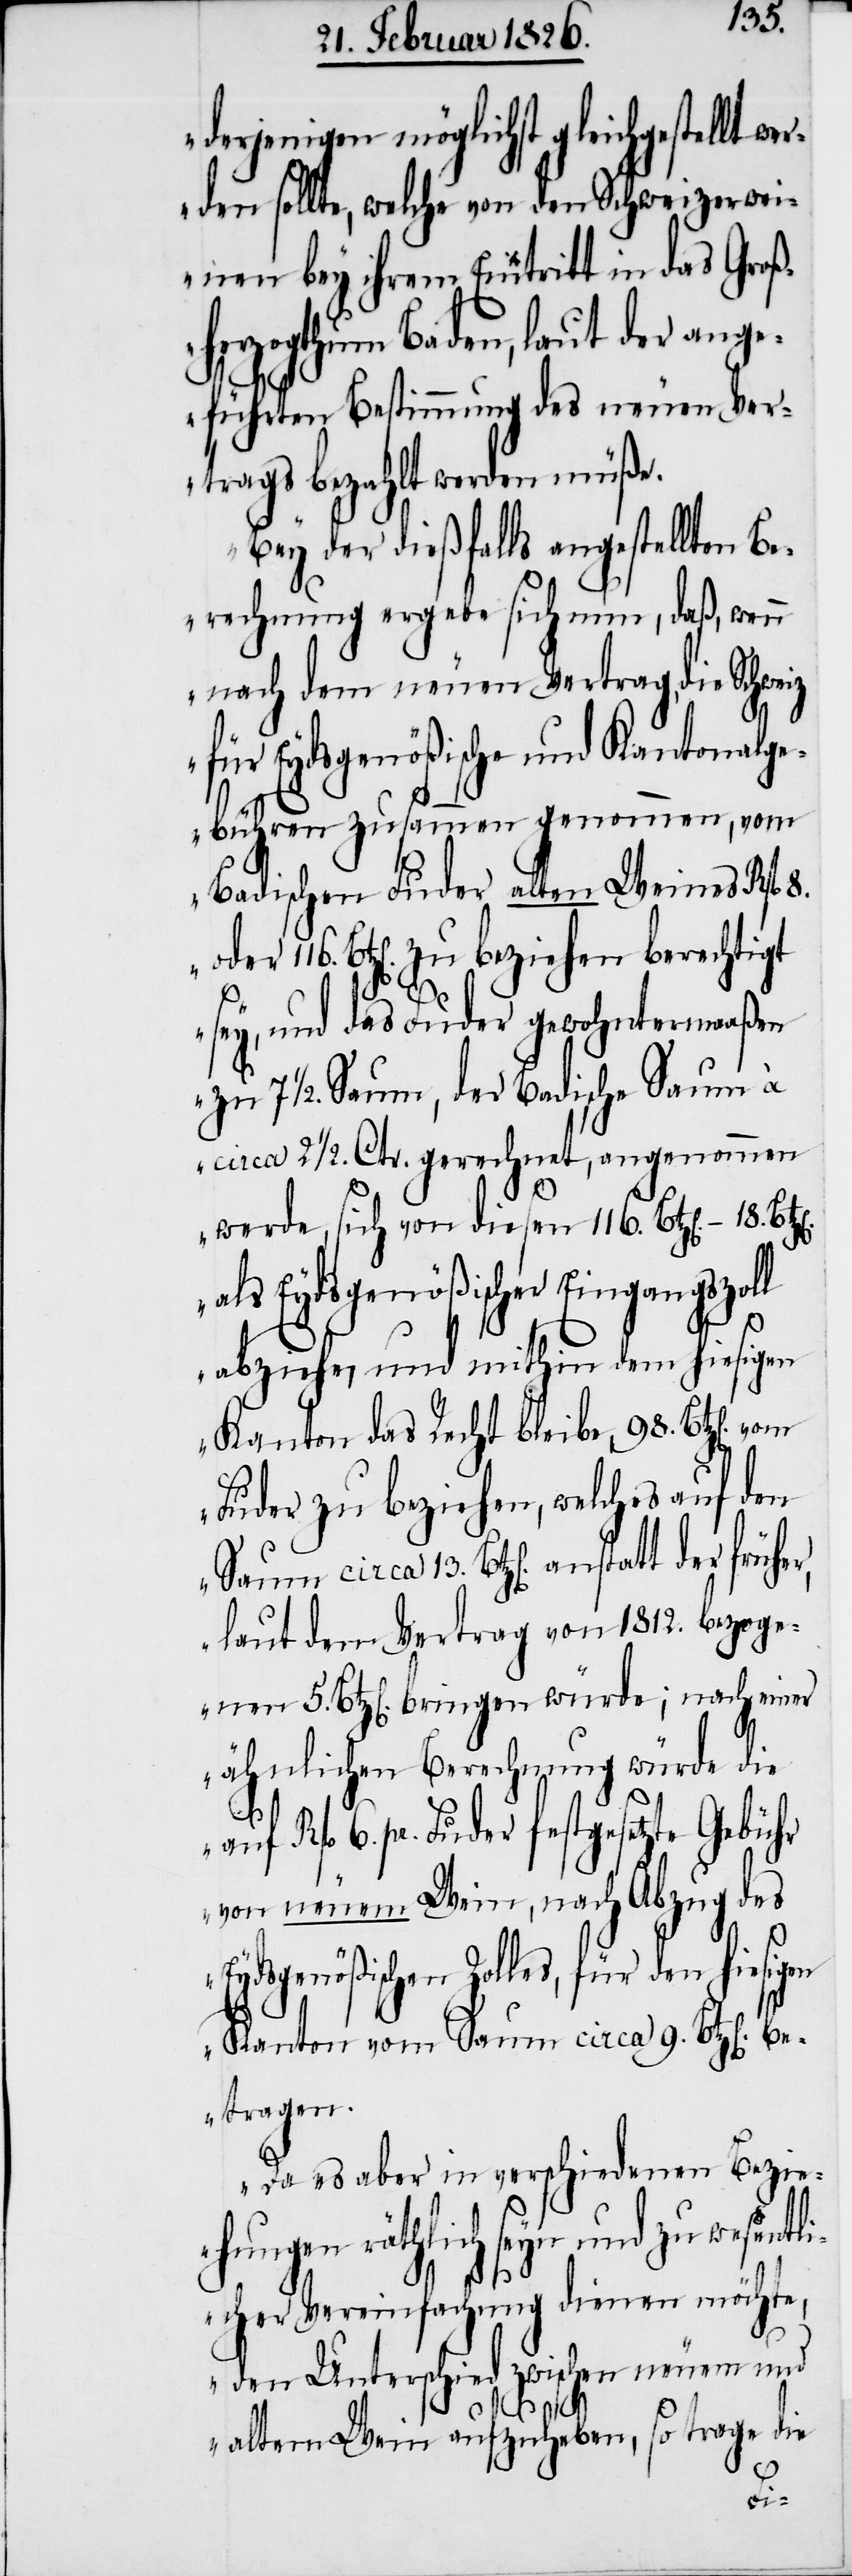
derjenigen möglichst gleichgestellt we¬
rden sollte, welche von den Schweizerwei¬
nen bey ihrem Eintritt in das Groß¬
herzogthum Baden, laut der ange¬
führten Bestimmung des neuen Ver¬
trags bezahlt werden müße.
Bey der dießfalls angestellten Be¬
rechnung ergebe sich nun, daß, wenn
nach dem neuen Vertrag, die Schweiz
für Eydsgenößische und Kantonal¬
gebühren zusammen genommen, vom
Badischen Fuder alten Weines Rfl. 8.
116. Btz[en]. zu beziehen berechtigt
sey, und das Fuder gewohntermaaßen
zu 7 1/2 Saum, der Badische Saum à
circa 2 1/2 Ctr. gerechnet, angenommen
E¬
werde, sich von diesen 116. Btz[en]. – 18.
als Eydsgenößischer Eingangszoll
abziehe, und mithin dem hiesigen
Kanton das Recht bleibe, 98. Btz[en].
Fuder zu beziehen, welches auf den
Saum circa 13. Btz[en]. anstatt der früher,
laut dem Vertrag von 1812. bezogenen
Btz[en]. bringen würde; nach einer
Wein
ähnlichen Berechnung wür¬
auf Rfl. 6. pr. Fuder festgesetzte Gebühr
von neuem Wein, nach Abzug des
ydsgenößischen Zolles, für den hiesig¬
Kanton vom Saum circa 9. Btz[en]. be¬
tragen.
Da es aber in verschiedenen Bezieh¬
ungen räthlich seyn und zu wesent¬
licher Vereinfachung dienen möchte,
den Unterschied zwischen neuem und
trage die
altem